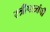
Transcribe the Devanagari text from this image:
स्त्रीपात्रांची